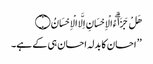
هَلْ جَزَاۗءُ الْاِحْسَانِ اِلَّا الْاِحْسَانُ ۝
’’ احسان کا بدلہ احسان ہی کے ہے۔